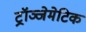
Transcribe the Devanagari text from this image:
ट्रॉञ्जेमेटिक